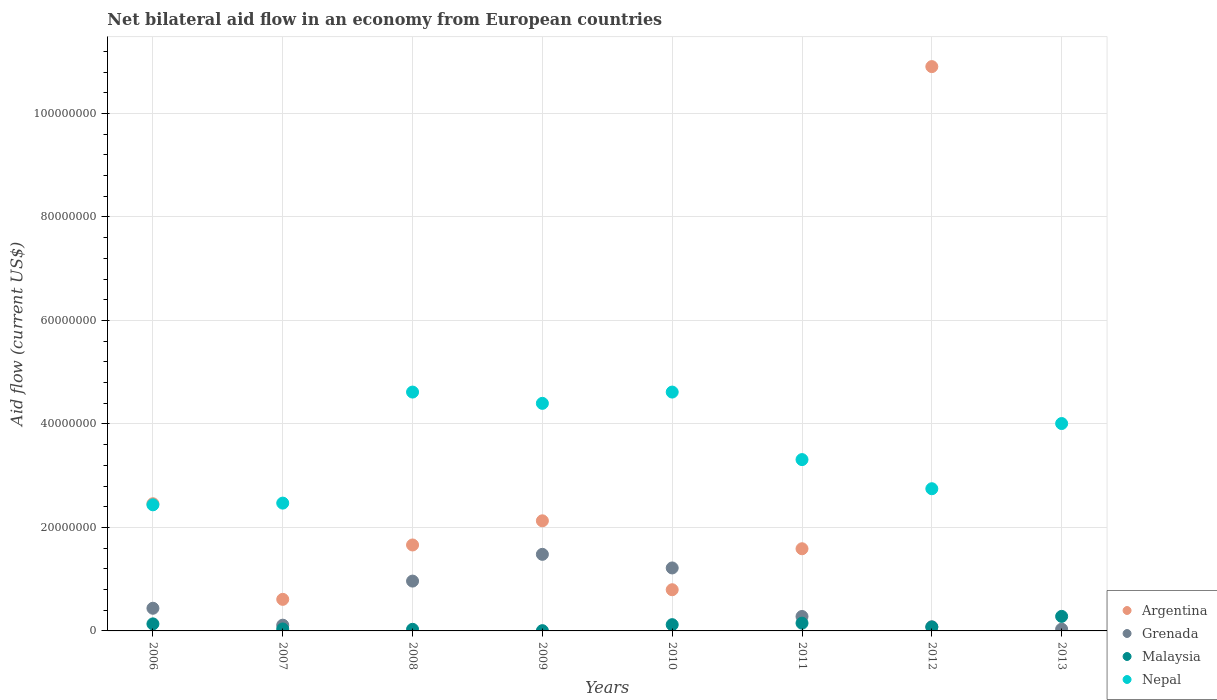
| Years | Argentina | Grenada | Malaysia | Nepal |
 | --- | --- | --- | --- | --- |
 | 2006 | 2.46e+07 | 4.38e+06 | 1.36e+06 | 2.44e+07 |
 | 2007 | 6.1e+06 | 1.11e+06 | 3.8e+05 | 2.47e+07 |
 | 2008 | 1.66e+07 | 9.63e+06 | 3.1e+05 | 4.62e+07 |
 | 2009 | 2.13e+07 | 1.48e+07 | 5e+04 | 4.4e+07 |
 | 2010 | 7.96e+06 | 1.22e+07 | 1.21e+06 | 4.62e+07 |
 | 2011 | 1.59e+07 | 2.79e+06 | 1.5e+06 | 3.31e+07 |
 | 2012 | 1.09e+08 | 8e+05 | 7.5e+05 | 2.75e+07 |
 | 2013 | -7.04e+06 | 3.4e+05 | 2.81e+06 | 4.01e+07 |